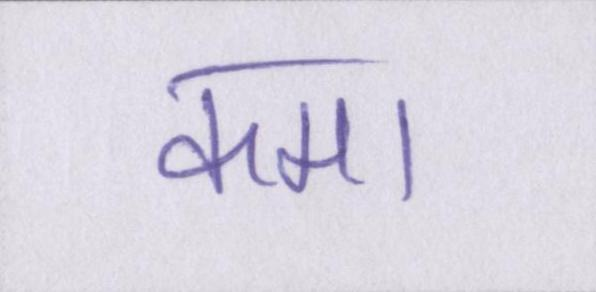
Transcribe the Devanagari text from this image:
कमा